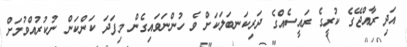
އަދި ރާއްޖޭގެ ކުރީގެ ރައީސެއްގެ ދަރިކަނބަލަކަށް ވެ ހުންނަވައިގެން މިފަދަ ކަންކަން ނުކުރުއްވުމަށް